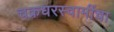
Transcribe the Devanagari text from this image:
चक्रधरस्वामींचा